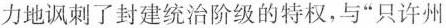
力地讽刺了封建统治阶级的特权，与“只许州